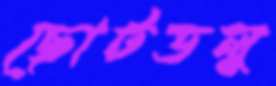
ছোটডলু